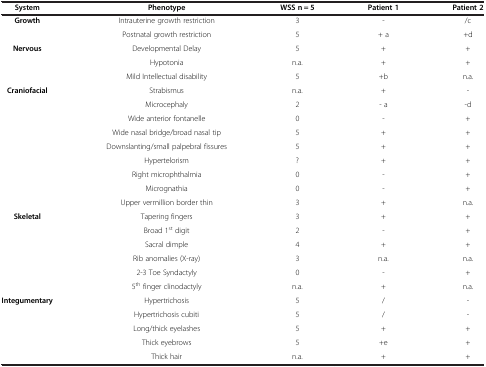
<table><thead><tr><td><b>System</b></td><td><b>Phenotype</b></td><td><b>WSS n = 5</b></td><td><b>Patient 1</b></td><td><b>Patient 2</b></td></tr></thead><tbody><tr><td><b>Growth</b></td><td>Intrauterine growth restriction</td><td>3</td><td>-</td><td>/c</td></tr><tr><td> </td><td>Postnatal growth restriction</td><td>5</td><td>+ a</td><td>+d</td></tr><tr><td><b>Nervous</b></td><td>Developmental Delay</td><td>5</td><td>+</td><td>+</td></tr><tr><td> </td><td>Hypotonia</td><td>n.a.</td><td>+</td><td>+</td></tr><tr><td> </td><td>Mild Intellectual disability</td><td>5</td><td>+b</td><td>n.a.</td></tr><tr><td><b>Craniofacial</b></td><td>Strabismus</td><td>n.a.</td><td>+</td><td>-</td></tr><tr><td> </td><td>Microcephaly</td><td>2</td><td>- a</td><td>-d</td></tr><tr><td> </td><td>Wide anterior fontanelle</td><td>0</td><td>-</td><td>+</td></tr><tr><td> </td><td>Wide nasal bridge/broad nasal tip</td><td>5</td><td>+</td><td>+</td></tr><tr><td> </td><td>Downslanting/small palpebral fissures</td><td>5</td><td>+</td><td>+</td></tr><tr><td> </td><td>Hypertelorism</td><td>?</td><td>+</td><td>+</td></tr><tr><td> </td><td>Right microphthalmia</td><td>0</td><td>-</td><td>+</td></tr><tr><td> </td><td>Micrognathia</td><td>0</td><td>-</td><td>+</td></tr><tr><td> </td><td>Upper vermillion border thin</td><td>3</td><td>+</td><td>n.a.</td></tr><tr><td><b>Skeletal</b></td><td>Tapering fingers</td><td>3</td><td>+</td><td>+</td></tr><tr><td> </td><td>Broad 1<sup>st</sup> digit</td><td>2</td><td>-</td><td>+</td></tr><tr><td> </td><td>Sacral dimple</td><td>4</td><td>+</td><td>+</td></tr><tr><td> </td><td>Rib anomalies (X-ray)</td><td>3</td><td>n.a.</td><td>n.a.</td></tr><tr><td> </td><td>2-3 Toe Syndactyly</td><td>0</td><td>-</td><td>+</td></tr><tr><td> </td><td>5<sup>th</sup> finger clinodactyly</td><td>n.a.</td><td>+</td><td>n.a.</td></tr><tr><td><b>Integumentary</b></td><td>Hypertrichosis</td><td>5</td><td>/</td><td>-</td></tr><tr><td> </td><td>Hypertrichosis cubiti</td><td>5</td><td>/</td><td>-</td></tr><tr><td> </td><td>Long/thick eyelashes</td><td>5</td><td>+</td><td>+</td></tr><tr><td> </td><td>Thick eyebrows</td><td>5</td><td>+e</td><td>+</td></tr><tr><td> </td><td>Thick hair</td><td>n.a.</td><td>+</td><td>+</td></tr></tbody></table>